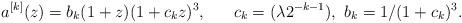
LaTeX: \begin{align*}a^{[k]}(z)={b_k(1+z)(1+c_kz)^3}, \ \ \ \ \ c_k=({\lambda 2^{-k-1}}),\ b_k=1/(1+c_k)^3.\end{align*}